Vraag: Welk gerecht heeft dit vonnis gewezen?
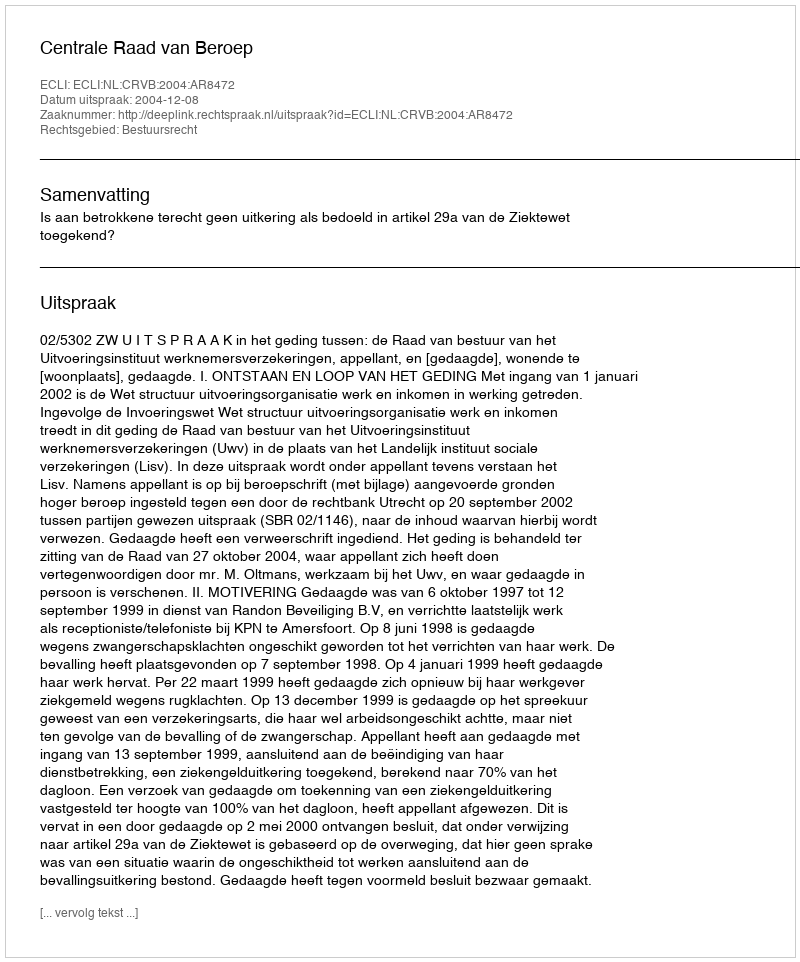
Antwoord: Centrale Raad van Beroep